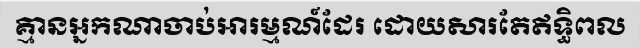
គ្មានអ្នកណាចាប់អារម្មណ៍ដែរ ដោយសារតែឥទ្ធិពល